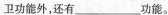
卫功能外，还有___功能。